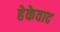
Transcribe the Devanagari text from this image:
हेकेवाद